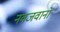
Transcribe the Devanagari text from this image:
नवजवानों